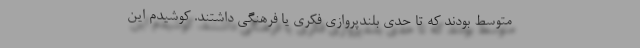
متوسط بودند که تا حدی بلندپروازی فکری یا فرهنگی داشتند. کوشیدم این